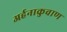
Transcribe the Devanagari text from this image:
अर्हनाकुवाण